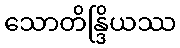
သောတိန္ဒြိယဿ